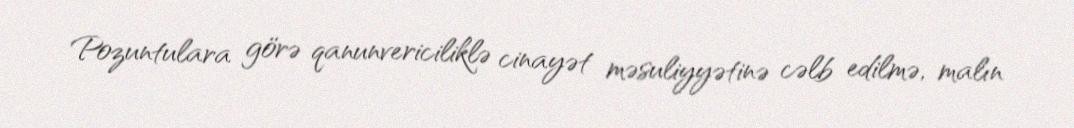
Pozuntulara görə qanunvericiliklə cinayət məsuliyyətinə cəlb edilmə, malın